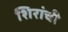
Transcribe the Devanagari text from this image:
शिरांची